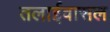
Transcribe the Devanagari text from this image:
तलाईवासल